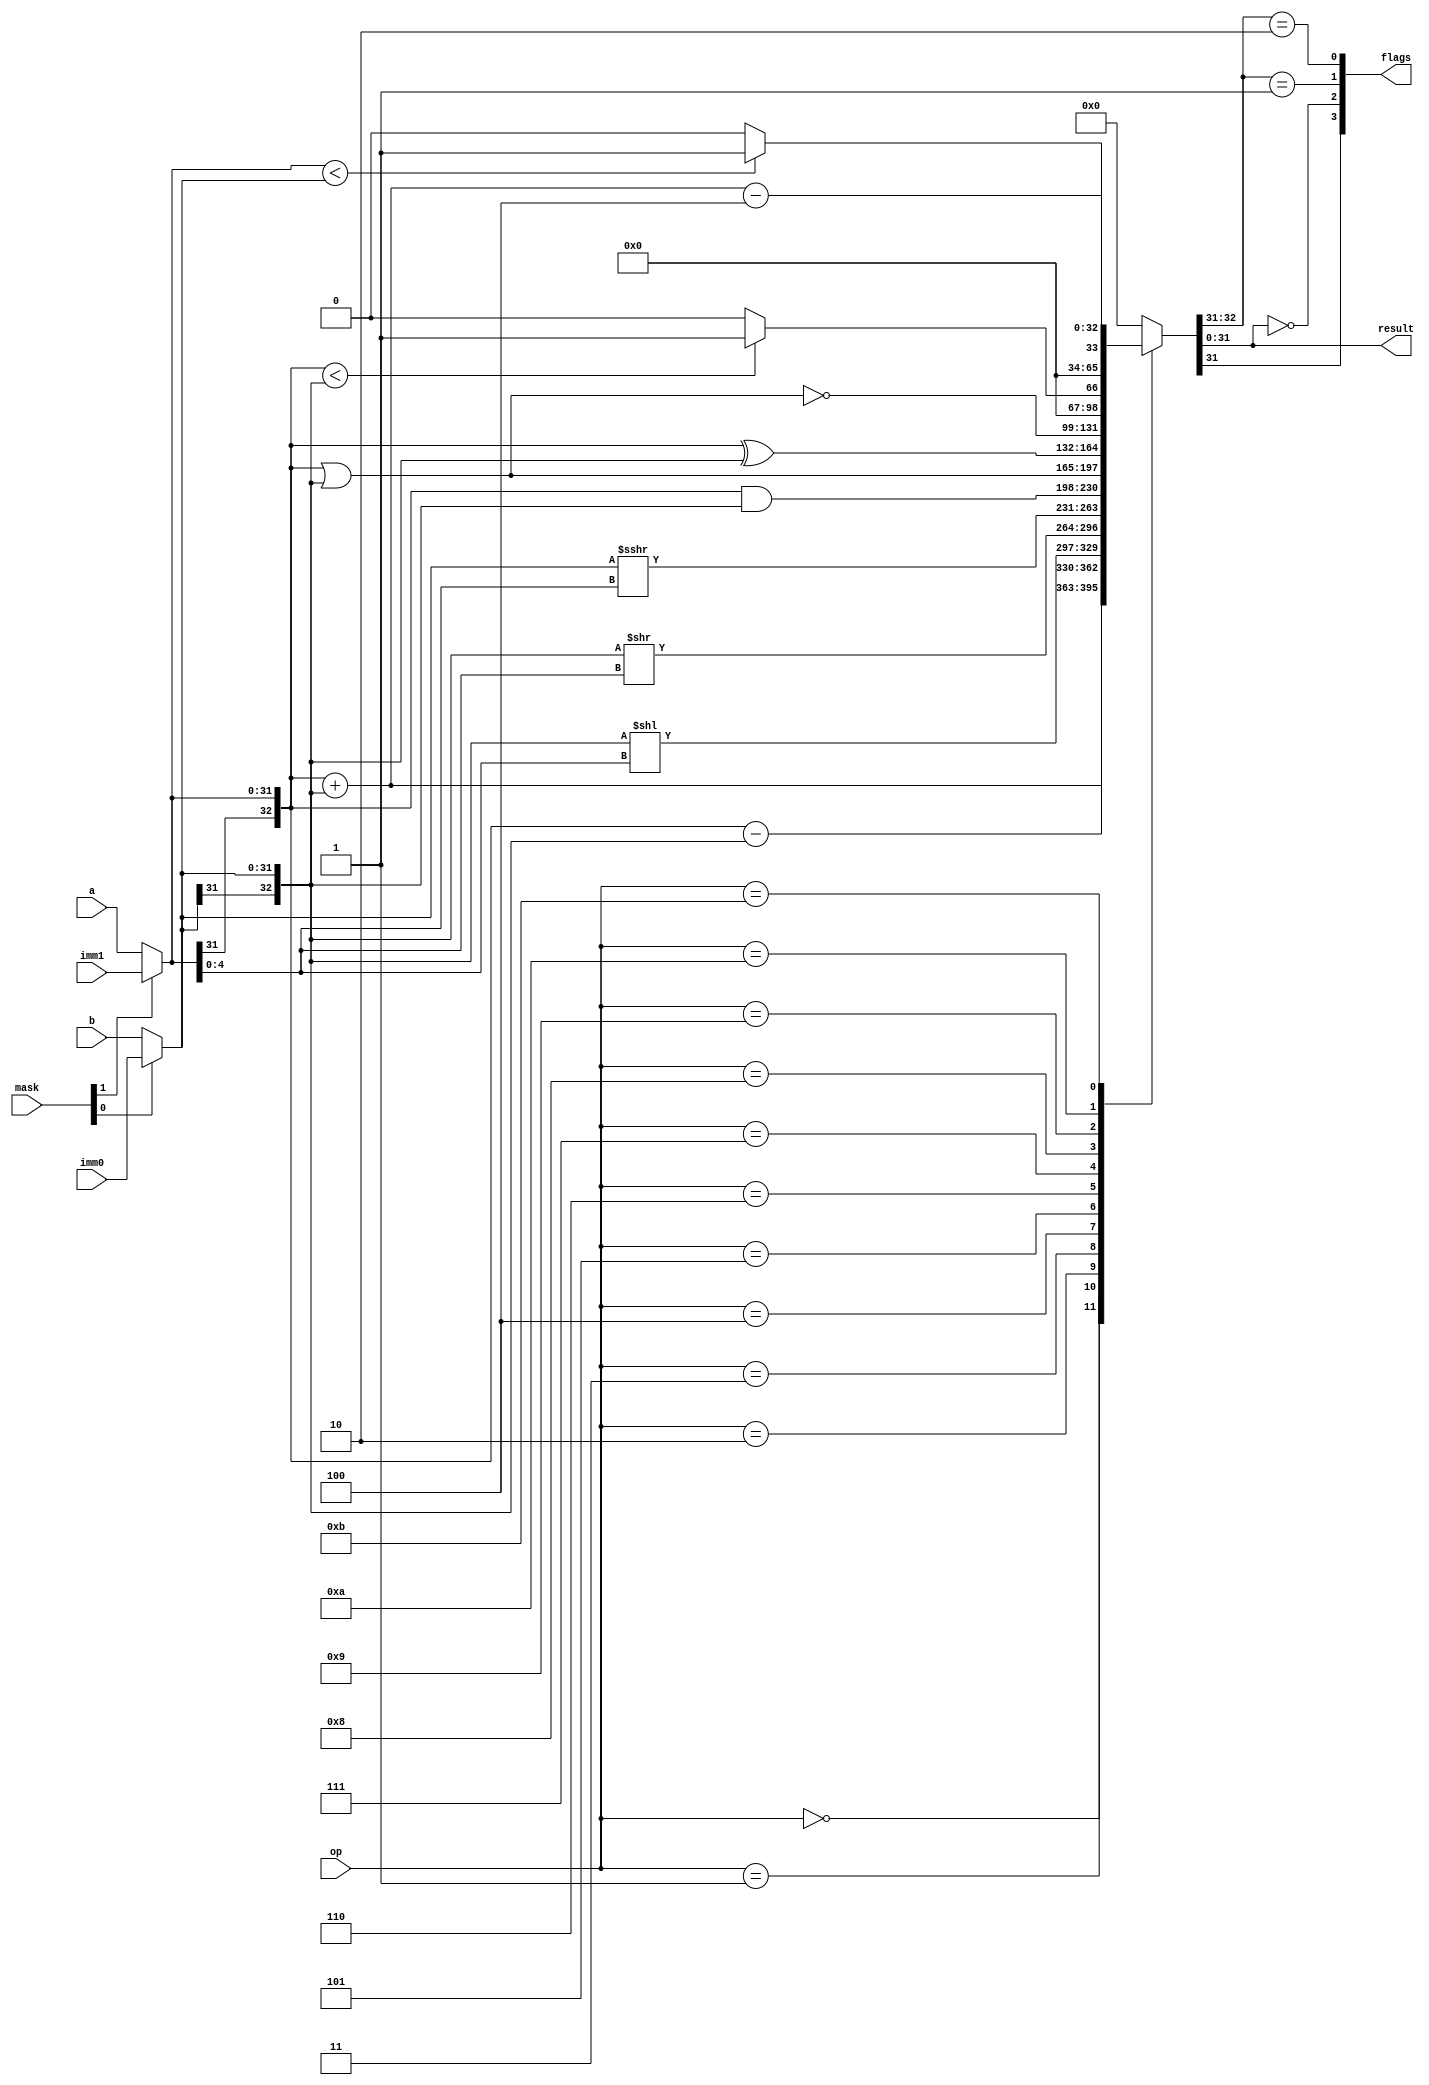
module alu(
	// a = rs, b = rt
	a, b, imm1, imm0, op, mask /*ab*/,
	result, flags
);
	input [31:0] a;
	input [31:0] b;
	input [31:0] imm1;
	input [31:0] imm0;
	input [3:0] op;
	input [1:0] mask;

	output [31:0] result;
	output [3:0] flags;

	wire [31:0] _mux_a;
	wire [31:0] _mux_b;

	wire [32:0] mux_a;
	wire [32:0] mux_b;
	reg [32:0] c;

	wire carry;

	assign _mux_a = mask[1] ? imm1 : a;
	assign _mux_b = mask[0] ? imm0 : b;
	assign mux_a = {_mux_a[31], _mux_a};
	assign mux_b = {_mux_b[31], _mux_b};
	assign result = c[31:0];

	//zf of uf
	assign flags = {c[31], result == 0,  c[32:31] == 2'b01,  c[32:31] == 2'b10};

	always @* begin
	  	case (op)
        	4'b0000: c = mux_a + mux_b; 
        	4'b0001: c = mux_a - mux_b;
        	4'b0010: c = mux_b << mux_a[4:0];
        	4'b0011: c = mux_b >> mux_a[4:0];
			4'b0100: c = $signed(mux_b) >>> mux_a[4:0]; 
        	4'b0101: c = mux_a & mux_b;
        	4'b0110: c = mux_a | mux_b;
        	4'b0111: c = mux_a ^ mux_b;
			4'b1000: c = mux_a ~| mux_b;    
        	4'b1001: c = (mux_a < mux_b) ? 32'b1 : 32'b0; // sltu
        	4'b1010: c = ($signed(mux_a) < $signed(mux_b)) ? 32'b1 : 32'b0; // slt
			4'b1011: c = mux_a + mux_b - 4;
       		default: c = 0;
		endcase
	end
endmodule